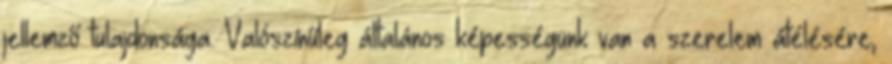
jellemző tulajdonsága. Valószínűleg általános képességünk van a szerelem átélésére,